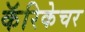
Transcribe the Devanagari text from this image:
कॅरिकेचर